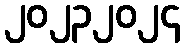
၂၀၂၃၂၀၂၄